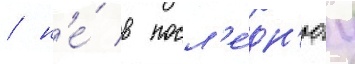
/ н'е́ в посл'е́дн'юу